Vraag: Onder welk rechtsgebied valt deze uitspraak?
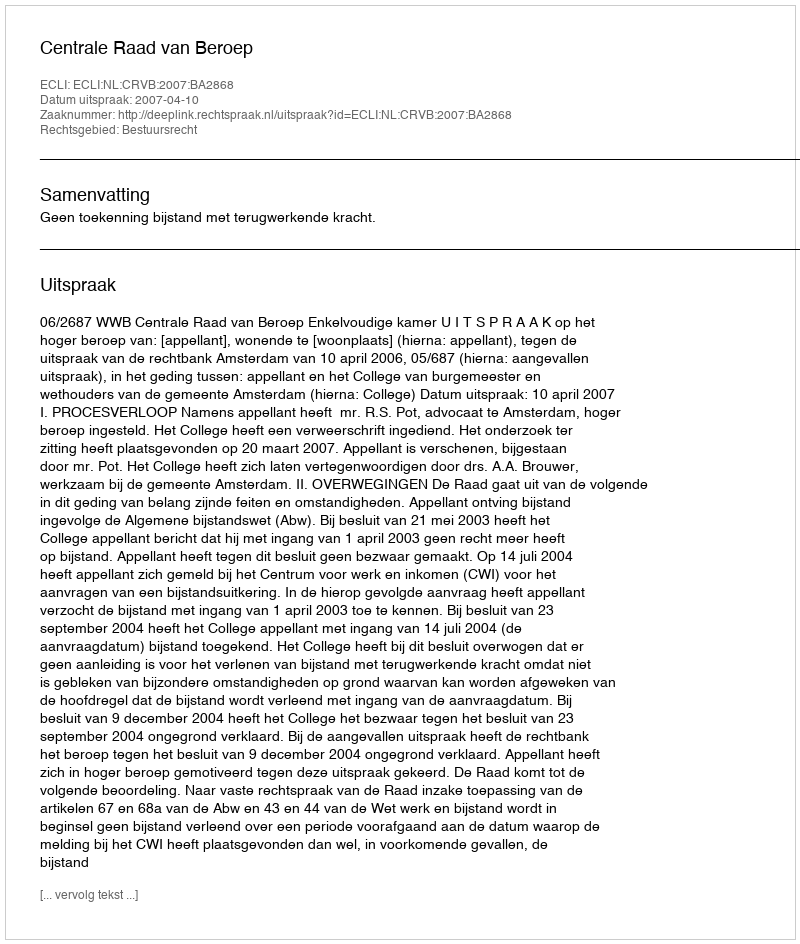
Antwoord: Bestuursrecht